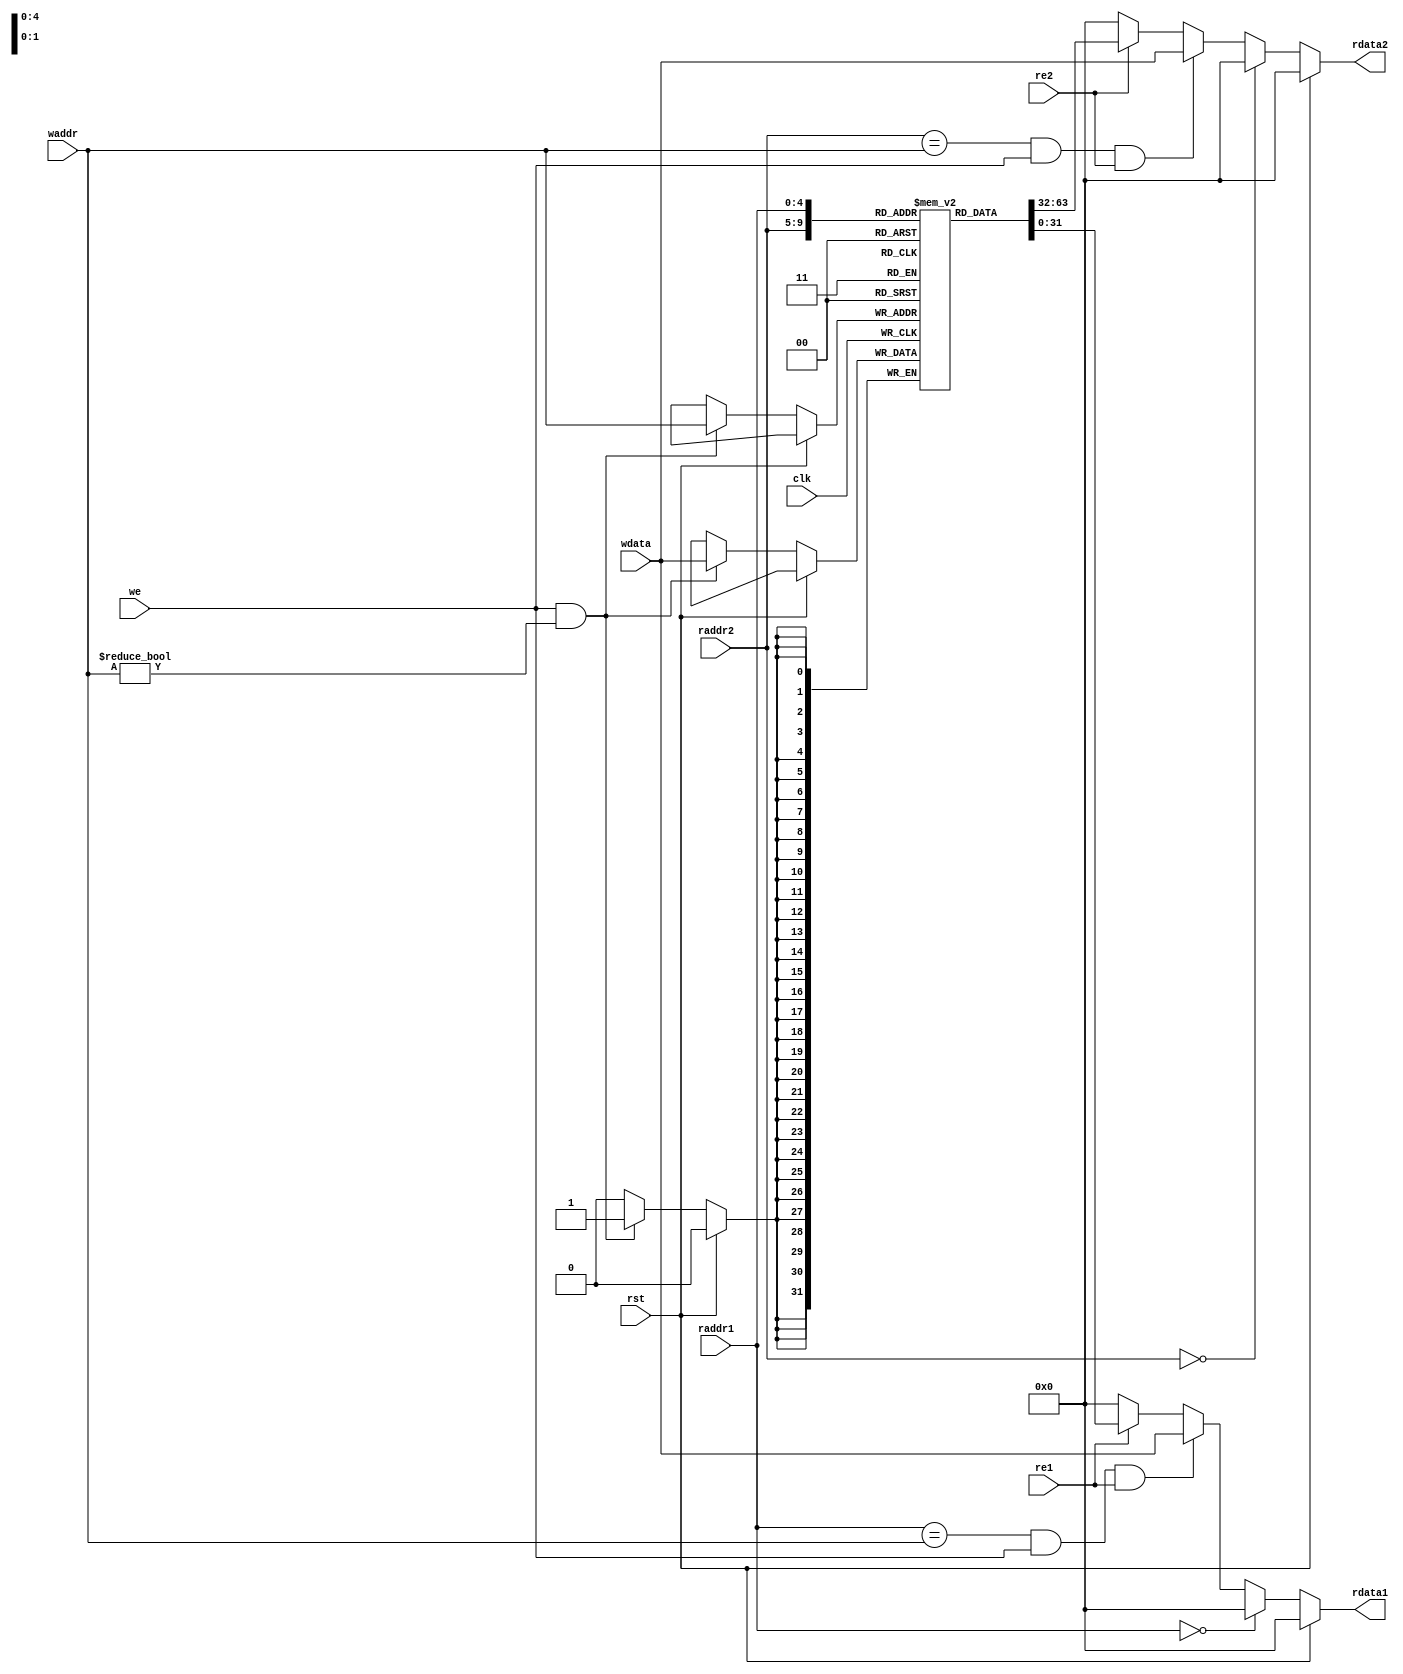
`timescale 1ns / 1ps
//////////////////////////////////////////////////////////////////////////////////
// Company: 
// Engineer: 
// 
// Design Name: 
// Module Name:    regfiles 
// Project Name: 
// Target Devices: 
// Tool versions: 
// Description: 
//
// Dependencies: 
//
// Revision: 
// Revision 0.01 - File Created
// Additional Comments: 
//
//////////////////////////////////////////////////////////////////////////////////
module regfiles(
    input clk,
    input rst,
    input we,
    input [4:0] waddr,
    input [31:0] wdata,
    input re1,
    input [4:0] raddr1,
    output reg[31:0] rdata1,
    input re2,
    input [4:0] raddr2,
    output reg[31:0] rdata2

    );
	 
reg[31:0] regs[0:31];
 
initial regs[0] <= 0;
initial  regs[1] <= 0;
initial  regs[2] <= 0;
initial  regs[3] <= 0;
initial  regs[4] <= 0;
initial  regs[5] <= 0;
initial  regs[6] <= 0;
initial  regs[7] <= 0;
initial  regs[8] <= 0;
initial  regs[9] <= 0;
initial  regs[10] <= 0;
initial  regs[11] <= 0;
initial  regs[12] <= 0;
initial  regs[13] <= 0;
initial  regs[14] <= 0;
initial  regs[15] <= 0;
initial  regs[16] <= 0;
initial  regs[17] <= 0;
initial  regs[18] <= 0;
initial  regs[19] <= 0;
initial  regs[20] <= 0;
initial  regs[21] <= 0;
initial  regs[22] <= 0;
initial  regs[23] <= 0;
initial  regs[24] <= 0;
initial  regs[25] <= 0;
initial  regs[26] <= 0;
initial  regs[27] <= 0;
initial  regs[28] <= 0;
initial  regs[29] <= 0;
initial  regs[30] <= 0;
initial  regs[31] <= 0;



always@(posedge clk) begin
    if(rst == 0)begin
	     if((we == 1) && waddr != 5'h0) begin
		      regs[waddr] <= wdata;
		  end
		  
	 end
end
	
always@(*) begin
    if(rst == 1) begin
	     rdata1 <= 32'h00000000;
		
	 end 
	 else if(raddr1 == 5'h0) begin
	     rdata1 <= 32'h00000000;
	 end
	 else if((raddr1 == waddr) && (we == 1) && (re1 == 1))begin
	     rdata1 <= wdata;
    end
    else if(re1 == 1) begin
        rdata1 <= regs[raddr1];
    end 
    else begin
        rdata1 <= 32'h00000000;
    end
end

always@(*) begin
    if(rst == 1) begin
	     rdata2 <= 32'h00000000;
	 end 
	 else if(raddr2 == 5'h0) begin
	     rdata2 <= 32'h00000000;
	 end
	 else if((raddr2 == waddr) && (we == 1) && (re2 == 1))begin
	     rdata2 <= wdata;
    end
    else if(re2 == 1) begin
        rdata2 <= regs[raddr2];
    end 
    else begin
        rdata2 <= 32'h00000000;
    end
end 



endmodule